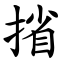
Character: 㨘